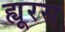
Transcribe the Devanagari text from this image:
ह्यूरस